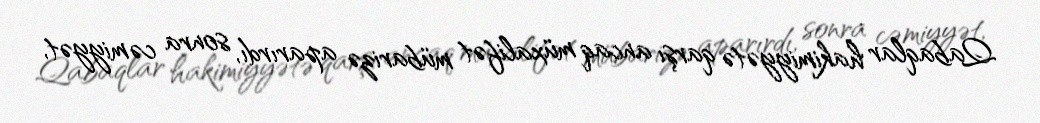
Qabaqlar hakimiyyətə qarşı ancaq müxalifət mübarizə aparırdı, sonra cəmiyyət,